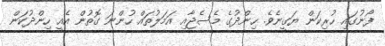
ފޯނުގައި ހުރިކަން ޔަގީނެވެ. ހިންދުގެ މެސެޖާއި އަމަލުތައް ހުންނަ ގޮތުން އެއީ ހިންދުކަން